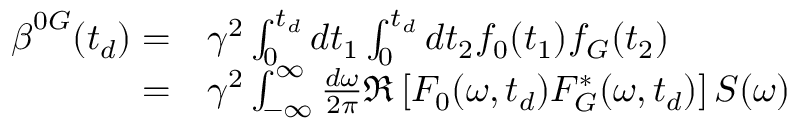
\begin{array} { r l } { \boldsymbol { \beta } ^ { 0 G } ( t _ { d } ) = } & { { } \gamma ^ { 2 } \int _ { 0 } ^ { t _ { d } } d t _ { 1 } \int _ { 0 } ^ { t _ { d } } d t _ { 2 } f _ { 0 } ( t _ { 1 } ) f _ { G } ( t _ { 2 } ) } \\ { = } & { { } \gamma ^ { 2 } \int _ { \mathbb { - \infty } } ^ { \infty } \frac { d \omega } { 2 \pi } \Re \left[ F _ { 0 } ( \omega , t _ { d } ) F _ { G } ^ { * } ( \omega , t _ { d } ) \right] \boldsymbol { S } ( \omega ) } \end{array}